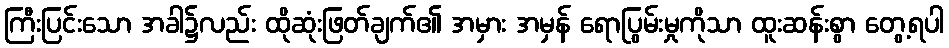
ကြီးပြင်းသော အခါ၌လည်း ထိုဆုံးဖြတ်ချက်၏ အမှား အမှန် ရောပြွမ်းမှုကိုသာ ထူးဆန်းစွာ တွေ့ရပါ